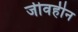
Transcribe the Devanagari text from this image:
जीवहीन